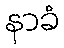
နာခံ